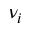
\nu _ { i }